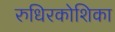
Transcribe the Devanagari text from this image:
रुधिरकोशिका